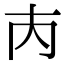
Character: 𡗚